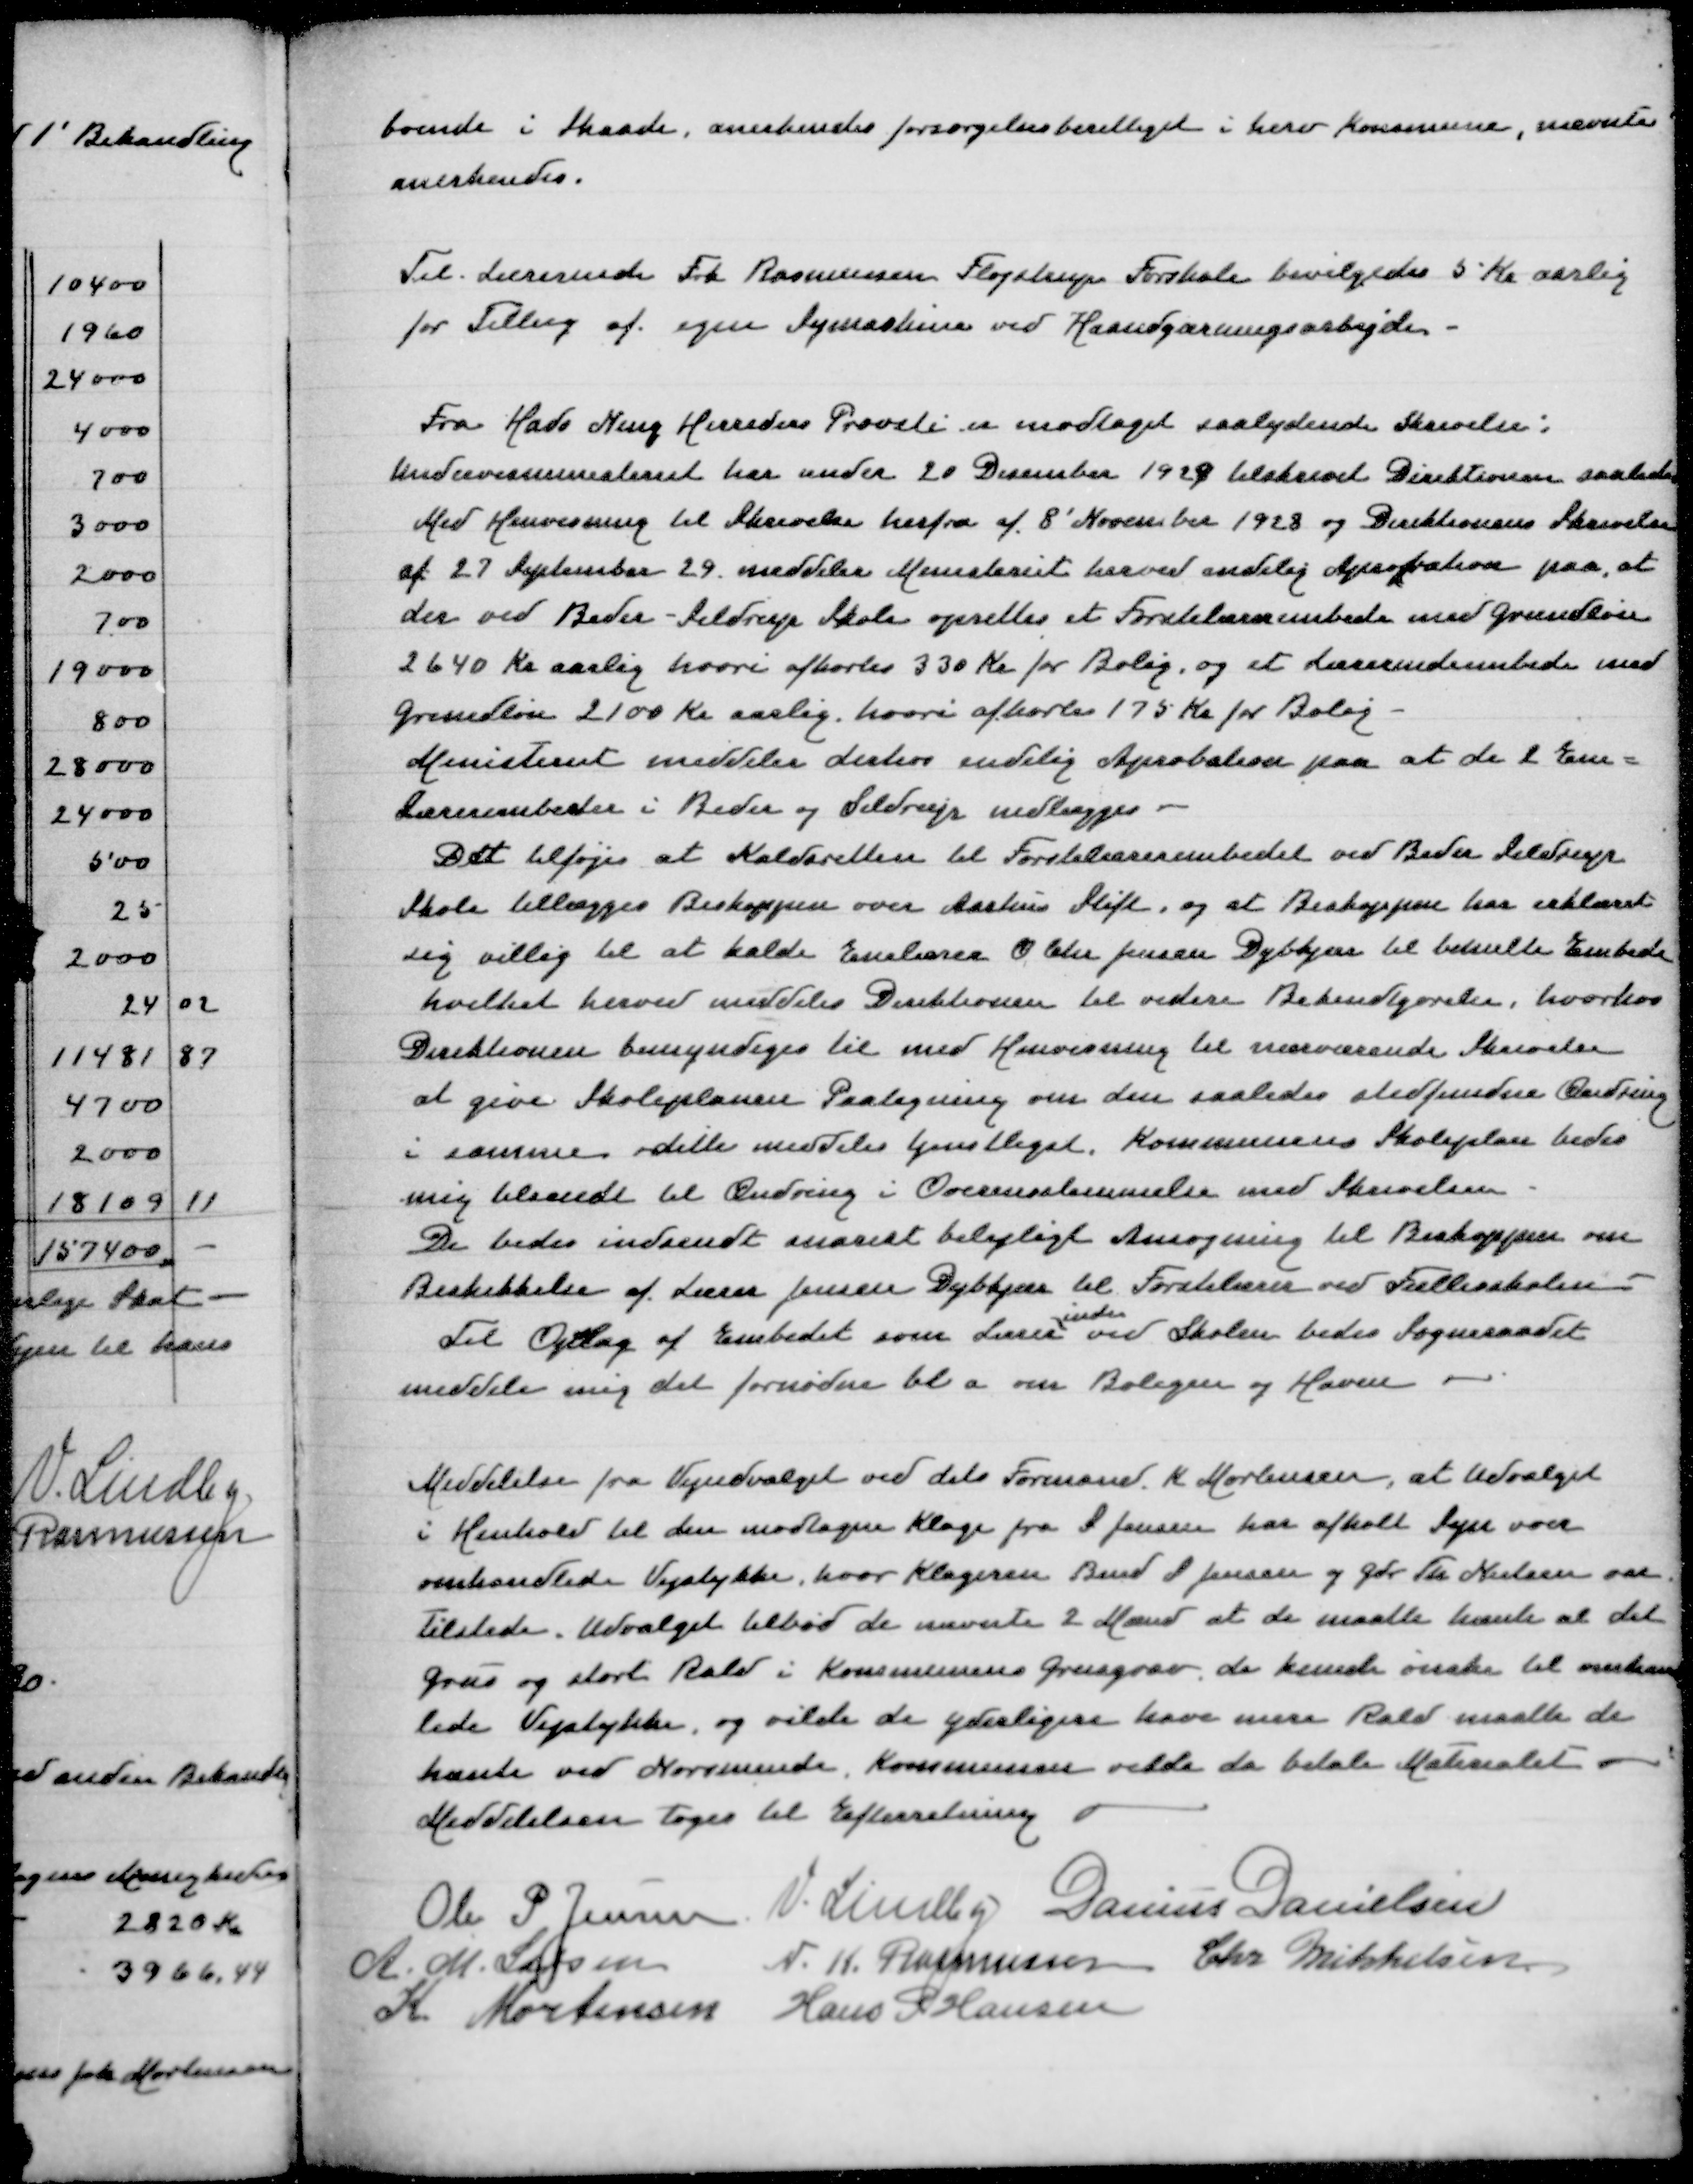
Transskription:
boende i Skaade, anerkendes forsørgelsesberettiget i herv Kommune, nævnte
anerkendes

Til  Lærerinde Frk Rasmussen Fløjstrup Forskole bevilgedes 5 Kr aarlig
for Tillæg af egen Symaskine ved Husgærningsarbejde

Fra Hads Ning Herreders Provsti er modtaget saalydende Skrivelse:
Undervisningsministeriet har under 20 December 1929 tilskrevet Direktionen saaledes
Med Henvisning til Skrivelse herfra af 8' November 1928 og Direktionens Skrivelse
af 27 September meddeler Ministeriet herved endelig Aprobation paa, at
der ved Beder-Seldrup Skole oprettes et Førstelærerembede med Grundløn
2640 Kr aarlig hvori afkortes 330 Kr for Bolig og et Lærerindeembede med
Grundløn 2100 Kr aarlig hvori afkortes 175 Kr for Bolig
Ministeriet meddeler derfor endelig Aprobation paa at de 2 Ene=
lærerembeder i Beder og Seldrup nedlægges
Det tilføjes at Kalderetten til Førstelærerembedet ved Beder Seldrup
Skole tillægges Biskoppen over Aarhus Stift, og at Biskoppen har erklæret
sig villig til at kalde Enelærer O Chr Jensen Dybkjær til bemeldte Embede
hvilket herved meddeles Direktionen til videre Bekendtgørelse, hvorhos
Direktionen bemyndiges til med Henvisning til ovennævnte Skrivelse
at give Skoleplanen Paategning om den saaledes stedfundne Ændring
i samme dette meddeles tjenligst, Kommunens Skoleplan bedes
mig tilsendt til Ændring i Overensstemmelse med Skrivelsen
De bedes indsendt snarest belejligt til Biskoppen om
Beskikkelse af Lærer Jensen Dybkjær til Førstelærer ved Fællesskolen
inde
Til Opslag af Embedet som Lærer ved Skolen bedes Sogneraadet
meddele mig det fornødne bl a om Boligen og Haven

Meddelelse fra Vejudvalget ved dets Formand K Mortensen, at Udvalget
i Henhold til den modtagne Klage fra S Jensen har afholt Syn over
omhandlede Vejstykke, hvor Klageren Bmd S Jensen og Gdr Th Nielsen var
Tilstede. Udvalget tilbød de nævnte 2 Mænd at de måtte hente al det
Grus og stort Rald i Kommunens Grusgrav, de kunde ønske til omhand=
lede Vejstykke, og vilde de yderligere have mere Rald maatte de
hente ve Norsminde. Kommunen vilde da betale Materialet
Meddelelsen toges til Efterretning

Ole P Jensen
V Lindby
Danius Danielsen
A M Larsen
N K Rasmussen
Chr Mikkelsen
K Mortensen
Hans P Hansen